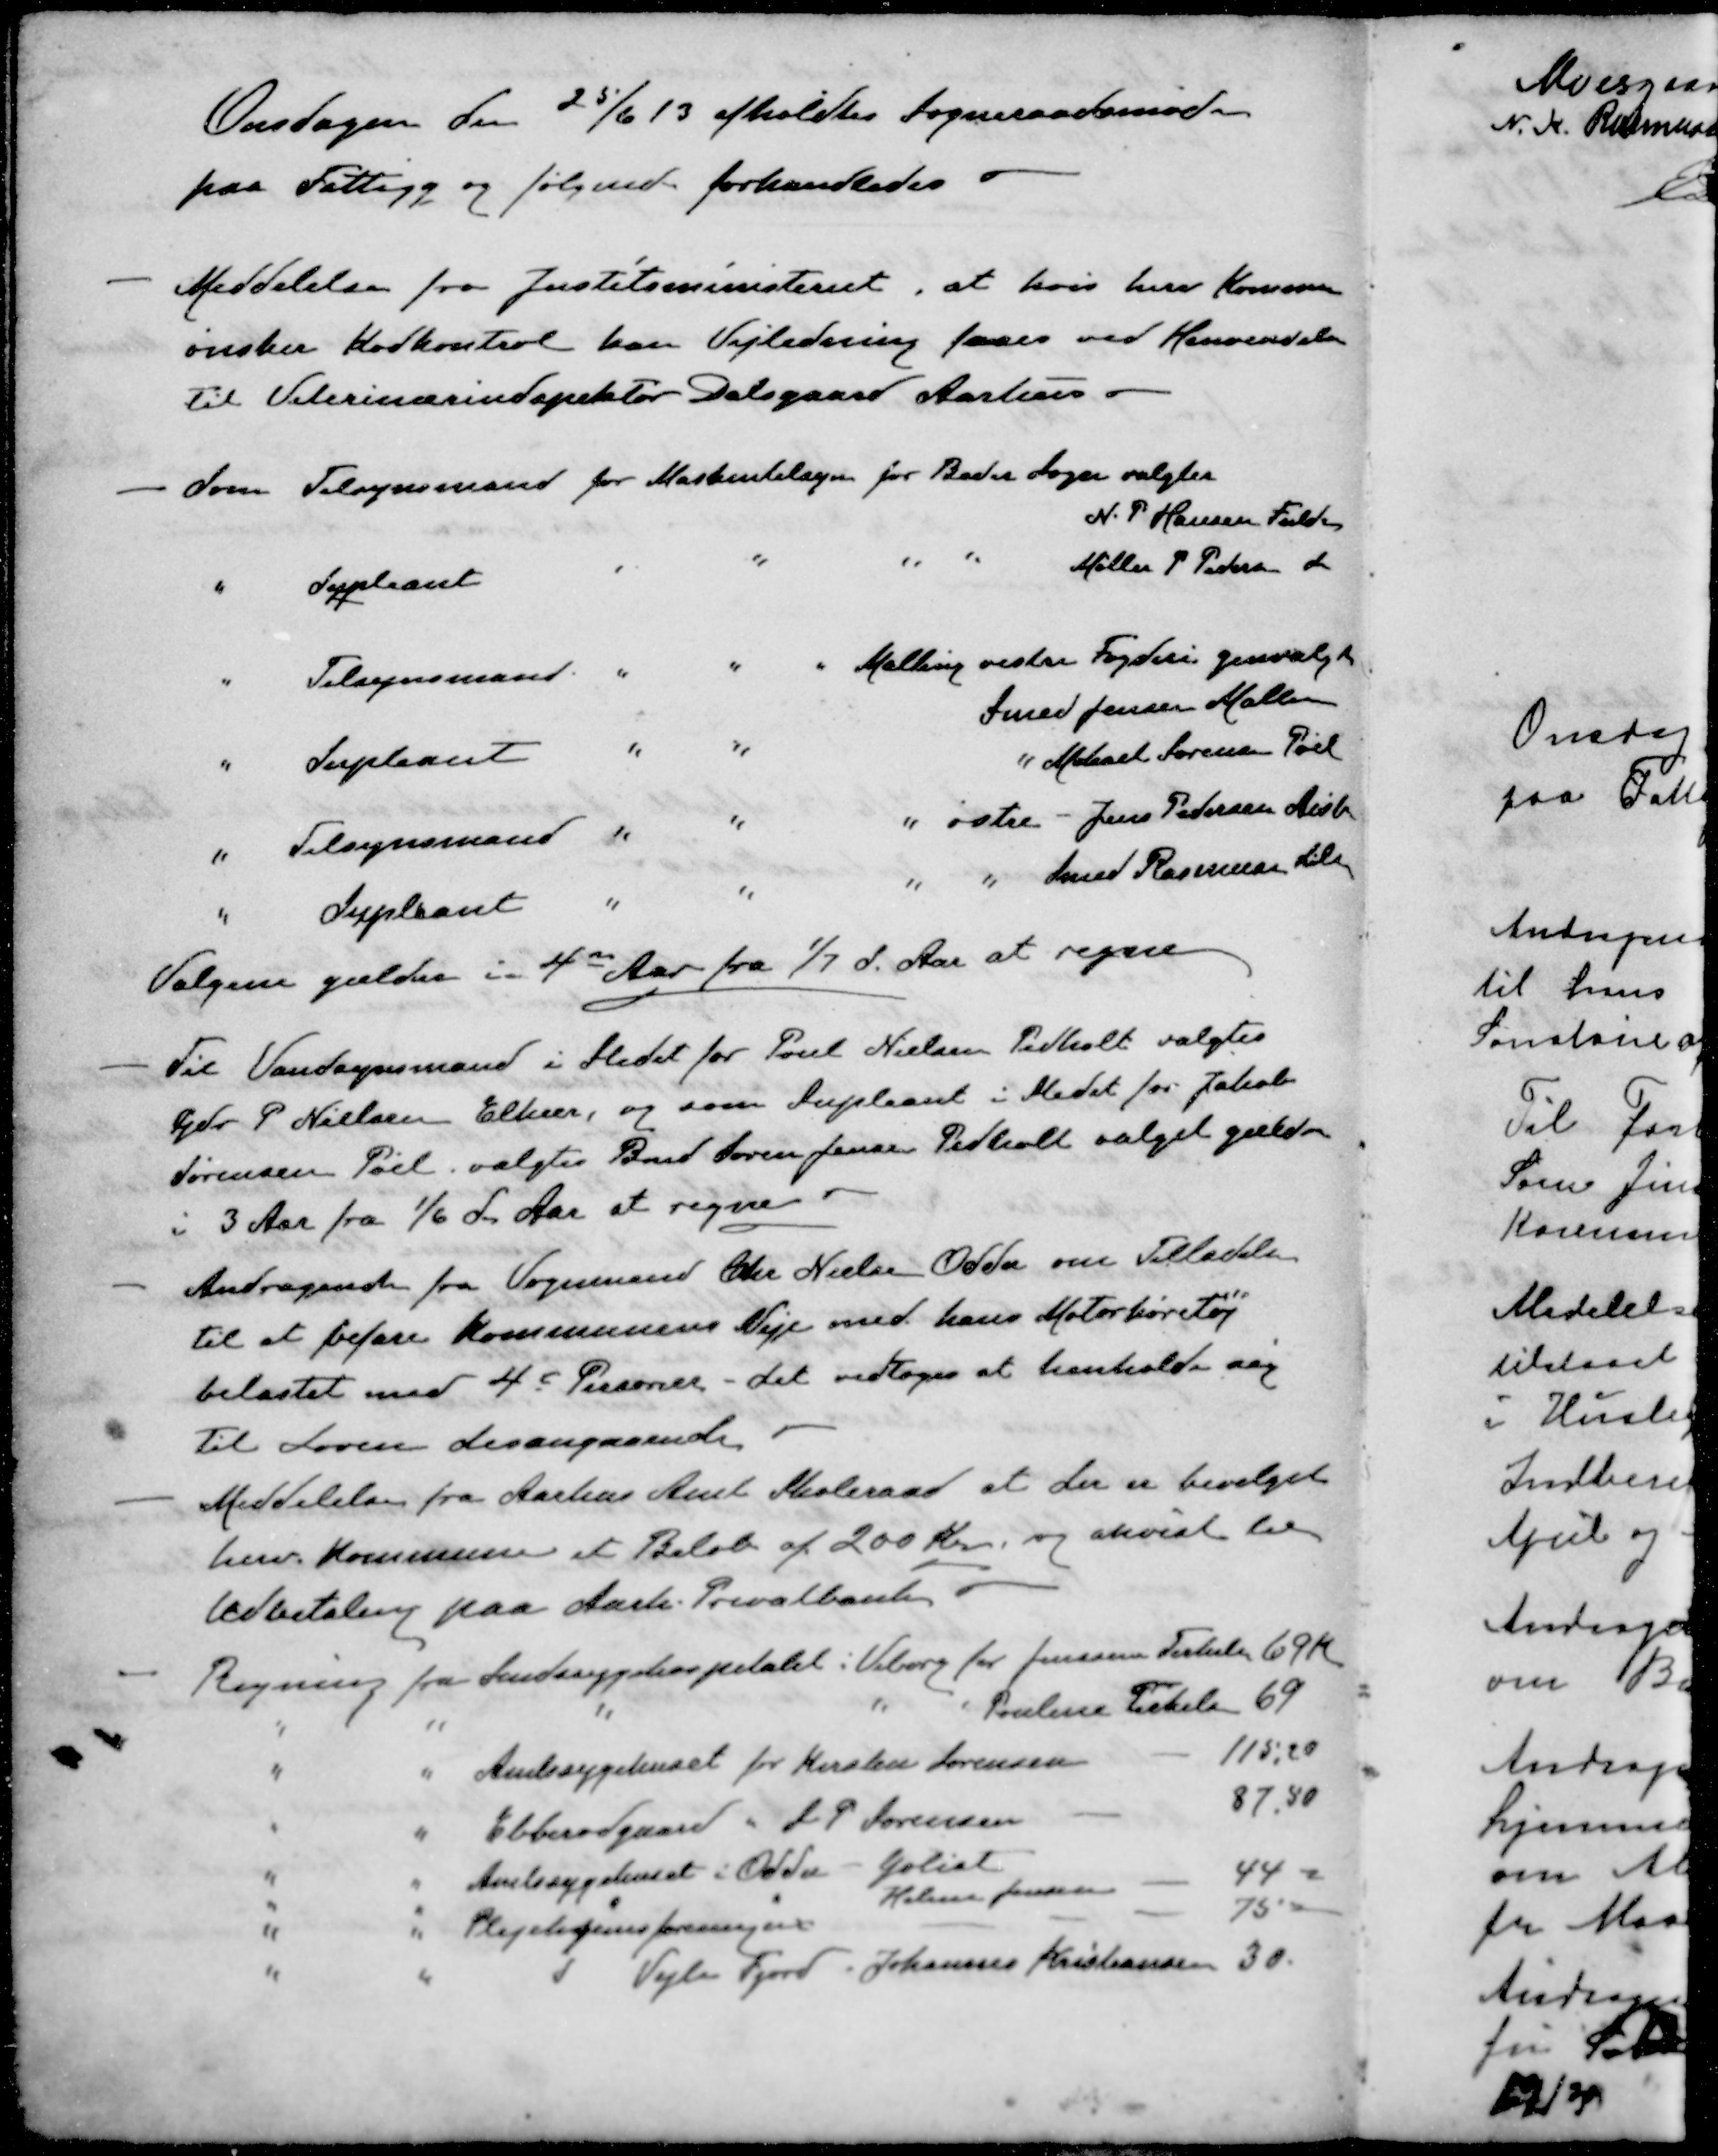
Transskription:
Onsdagen den 25/6 13 afholdtes Sogneraadsmøde
paa Fattigg og følgende forhandledes
- Meddelelse fra Justitsministeriet, at hvis herv Kommune
ønsker Kødkontrol kan Vejledning faaes ved Henvendelse
Til Veterinærindspektør Dalsgaard Aarhus
- Som Tilsynsmand for Maskintilsyn for Beder Sogn valgtes
N. P Hansen Fulden
" Supleant " " " " Møller P Pedersen do
Tilsynsmand " " " Malling vestre Fogderi genvalgt
Smed Jensen Malling
" Supleant " " " Mikael Sørensen Pøel
" Tilsynsmand " " " østre - Jens Petersen Aistr
" Supleant " " " " Knud Rasmussen Lil
Valgene gælder i 4de Aar fra 1/7 d. Aar at regne
- Til Vandsynsmand i Stedet for Poul Nielsen Pedholt valgtes
Gdr P Nielsen Elkær, og som Supleant i Stedet for Jakob
Sørensen Pøel valgtes Bmd Søren Jensen Pedholt valget gælde
i 3 Aar fra 1/6 d. Aar at regne
- Andragende fra Vognmand Chr Nielsen Odder om Tilladelse
til at befare Kommunens Veje med hans Motorkøretøj
belastet med 4 Personer - det vedtoges at henholde sig
til Loven desangaaende
- Meddelelse fra Aarhus Amt Skoleraad at der er bevilget
herv. Kommune et Beløb af 200 Kr og anvist til
Udbetaling paa Aarh. Privatbank
- Regning fra Sindssygehospitalet i Viborg for Jensine Terkels 69 Kr
" " " " " Pouline Terkels 69
" " Amtssygehuset for Kirsten Sørensen - 115,20
" " Ebberødgaard " J. P Sørensen 87.50
" " Amtssygehuset i Odder - Goliat 44 -
" " " " Holme Jensen
" " Plejehjemsforeningen - 75-
" " Vejle Fjord " Johannes Kristiansen 30.